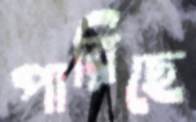
পারিছে